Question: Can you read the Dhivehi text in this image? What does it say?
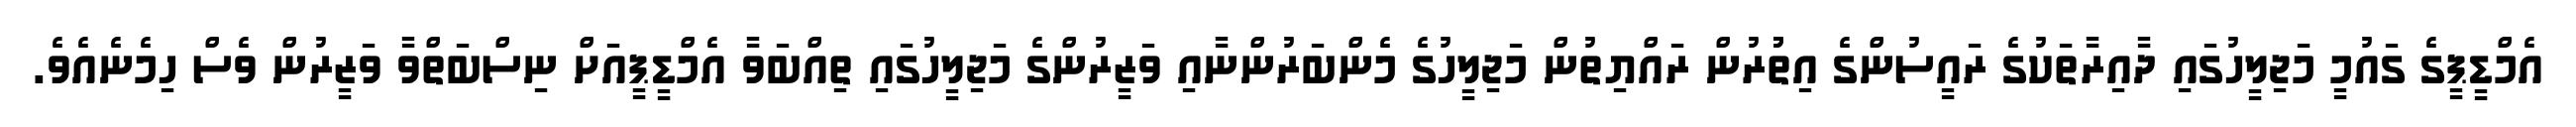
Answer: އެމްޑީޕީގެ ގައުމީ މަޖިލީހުގައި ދާއިރާތަކުގެ ރައީސުންގެ އިތުުރުން ރައްޔިތުން މަޖިލީހުގެ މެންބަރުންނާއި ވަޒީރުންގެ މަޖިލީހުގައި ތިއްބަވާ އެމްޑީޕީއަށް ނިސްބަތްވާ ވަޒީރުން ވެސް ހިމެނެއެވެ.